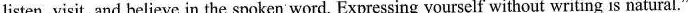
listen, visit, and believe in the spoken word. Expressing yourself without writing is natural."